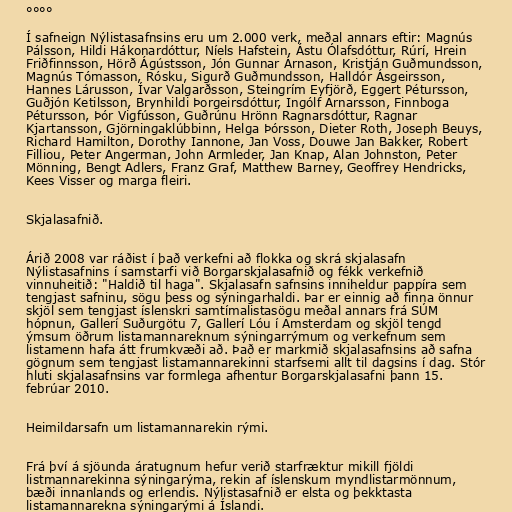
°°°°

Í safneign Nýlistasafnsins eru um 2.000 verk, meðal annars eftir: Magnús
Pálsson, Hildi Hákonardóttur, Níels Hafstein, Ástu Ólafsdóttur, Rúrí, Hrein
Friðfinnsson, Hörð Ágústsson, Jón Gunnar Árnason, Kristján Guðmundsson,
Magnús Tómasson, Rósku, Sigurð Guðmundsson, Halldór Ásgeirsson,
Hannes Lárusson, Ívar Valgarðsson, Steingrím Eyfjörð, Eggert Pétursson,
Guðjón Ketilsson, Brynhildi Þorgeirsdóttur, Ingólf Arnarsson, Finnboga
Pétursson, Þór Vigfússon, Guðrúnu Hrönn Ragnarsdóttur, Ragnar
Kjartansson, Gjörningaklúbbinn, Helga Þórsson, Dieter Roth, Joseph Beuys,
Richard Hamilton, Dorothy Iannone, Jan Voss, Douwe Jan Bakker, Robert
Filliou, Peter Angerman, John Armleder, Jan Knap, Alan Johnston, Peter
Mönning, Bengt Adlers, Franz Graf, Matthew Barney, Geoffrey Hendricks,
Kees Visser og marga fleiri.

Skjalasafnið.

Árið 2008 var ráðist í það verkefni að flokka og skrá skjalasafn
Nýlistasafnins í samstarfi við Borgarskjalasafnið og fékk verkefnið
vinnuheitið: "Haldið til haga". Skjalasafn safnsins inniheldur pappíra sem
tengjast safninu, sögu þess og sýningarhaldi. Þar er einnig að finna önnur
skjöl sem tengjast íslenskri samtímalistasögu meðal annars frá SÚM
hópnun, Gallerí Suðurgötu 7, Gallerí Lóu í Amsterdam og skjöl tengd
ýmsum öðrum listamannareknum sýningarrýmum og verkefnum sem
listamenn hafa átt frumkvæði að. Það er markmið skjalasafnsins að safna
gögnum sem tengjast listamannarekinni starfsemi allt til dagsins í dag. Stór
hluti skjalasafnsins var formlega afhentur Borgarskjalasafni þann 15.
febrúar 2010.

Heimildarsafn um listamannarekin rými.

Frá því á sjöunda áratugnum hefur verið starfræktur mikill fjöldi
listmannarekinna sýningarýma, rekin af íslenskum myndlistarmönnum,
bæði innanlands og erlendis. Nýlistasafnið er elsta og þekktasta
listamannarekna sýningarými á Íslandi.